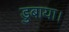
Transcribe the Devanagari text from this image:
डुबाया।